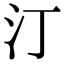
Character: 汀